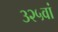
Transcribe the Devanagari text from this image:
३२५वां